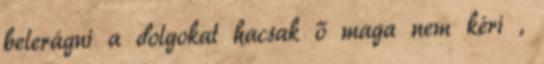
belerágni a dolgokat hacsak ő maga nem kéri ,